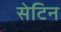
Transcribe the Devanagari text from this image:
सेटिन